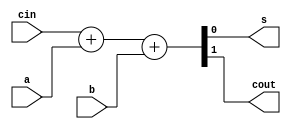
module fa(output wire s, cout, input wire a, b, cin);
    assign {cout, s} = cin + a + b;
endmodule

module wide_adder #(parameter [3:0] width = 4) (output wire [width-1:0] s,
    output wire cout, input wire [width-1:0] a, b, input wire cin);

    wire [width:0] c;
    assign c[0] = cin;
    assign cout = c[width];

    genvar n;
    generate
        for(n=0; n<width; n=n+1)
            fa fa(s[n], c[n+1], a[n], b[n], c[n]);
    endgenerate
endmodule


// module adder_16bit(output wire [15:0] sum, output wire cout, input wire [15:0] a, b,
//     input wire cin, clk, reset);
//     reg [7:0] ifa, ifb;
//     wire [7:0] ifanextw, ifbnextw;
//     reg if2;
//     wire if2nextw;
//     reg [7:0] if3;
//     wire [7:0] if3nextw;
//     wire [3:0] carry;
//
//     wide_adder w1(if3nextw[3:0], carry[0], a[3:0], b[3:0], cin);
//     wide_adder w2(if3nextw[7:4], if2nextw, a[7:4], b[7:4], carry[0]);
//     wide_adder w3(sum[11:8], carry[2], ifa[3:0], ifb[3:0], if2);
//     wide_adder w4(sum[15:12], carry[3], ifa[7:4], ifb[7:4], carry[2]);
//
//     always @(posedge clk, reset) begin
//         if (reset) begin
//             {ifa, ifb, if2, if3} <= {4'b0, 4'b0, 1'b0, 4'b0};
//         end
//         else begin
//             ifa <= ifanextw;
//             ifb <= ifbnextw;
//             if2 <= if2nextw;
//             if3 <= if3nextw;
//         end
//     end
//
//     assign sum[7:0] = if3;
//     assign {ifanextw, ifbnextw} = {a[15:8], b[15:8]};
//     assign cout = carry[3];
// endmodule

module adder_16bit(output wire [15:0] sum, output wire cout, input wire [15:0] a, b,
    input wire cin, clk, reset);
    reg [11:0] stage_1_a, stage_1_b;
    reg [7:0] stage_2_a, stage_2_b;
    reg [3:0] stage_3_a, stage_3_b;

    reg [3:0] sum_stage_0;
    reg [7:0] sum_stage_1;
    reg [11:0] sum_stage_2;

    wire [3:0] temp_0;
    wire [3:0] temp_1;
    wire [3:0] temp_2;
    wire [3:0] temp_3;

    wire carry_stage_0_out;
    reg carry_stage_1_in;
    wire carry_stage_1_out;
    reg carry_stage_2_in;
    wire carry_stage_2_out;
    reg carry_stage_3_in;
    wire carry_stage_3_out;

    wide_adder w1(temp_0, carry_stage_0_out, a[3:0], b[3:0], cin);
    wide_adder w2(temp_1, carry_stage_1_out, stage_1_a[3:0], stage_1_b[3:0], carry_stage_1_in);
    wide_adder w3(temp_2, carry_stage_2_out, stage_2_a[3:0], stage_2_b[3:0], carry_stage_2_in);
    wide_adder w4(sum[15:12], cout, stage_3_a[3:0], stage_3_b[3:0], carry_stage_3_in);

    always @(posedge clk, reset) begin
        if (reset) begin
            {carry_stage_1_in, carry_stage_2_in, carry_stage_3_in} <= {1'b0, 1'b0, 1'b0};
        end
        else begin
            sum_stage_0 = temp_0;
            sum_stage_1[3:0] <= sum_stage_0;
            sum_stage_1[7:4] = temp_1;
            sum_stage_2[7:0] <= sum_stage_1;
            sum_stage_2[11:8] = temp_2;

            stage_1_a <= a[15:4];
            stage_1_b <= b[15:4];

            stage_2_a <= stage_1_a[11:4];
            stage_2_b <= stage_1_b[11:4];

            stage_3_a <= stage_2_a[7:4];
            stage_3_b <= stage_2_b[7:4];

            carry_stage_1_in <= carry_stage_0_out;
            carry_stage_2_in <= carry_stage_1_out;
            carry_stage_3_in <= carry_stage_2_out;
        end
    end
    assign sum[11:0] = sum_stage_2;
endmodule




module tb_wide_adder_16bit();
    reg clk;
    reg [15:0] a, b;
    wire [15:0] sum;
    wire [15:0] sum_actual;
    reg c_in, rst;
    wire c_out;

    assign sum_actual = a+b;

    adder_16bit a1(
      .clk(clk),
      .sum(sum),
      .a(a),
      .b(b),
      .cin(c_in),
      .cout(c_out),
      .reset(rst)
      );

    initial begin
        $dumpfile("wide_adder.vcd");
        $dumpvars;
        rst = 1;
        a = 200;
        b = 0;
        clk = 0;
        c_in = 0;
        #50 rst = 0;
        #2000 $finish;
    end

    always
      #5 clk = ~clk;

    always@(posedge clk)
    begin
      a <= a+1;
      b <= b+1;
    end

endmodule